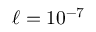
\ell = 1 0 ^ { - 7 }